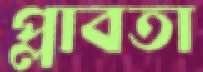
প্লাবতা